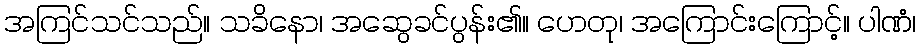
အကြင်သင်သည်။ သခိနော၊ အဆွေခင်ပွန်း၏။ ဟေတု၊ အကြောင်းကြောင့်။ ပါဏံ၊